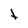
Character: t